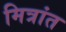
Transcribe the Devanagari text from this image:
मित्रांत